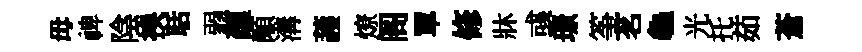
毋禆陰换聒弱蕴顒溝䕶燎阁單修牀彧璟筝茗龜光托茹蒼